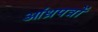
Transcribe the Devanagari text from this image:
आंध्रपत्रों